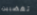
تغضبين